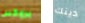
بروكس دينك